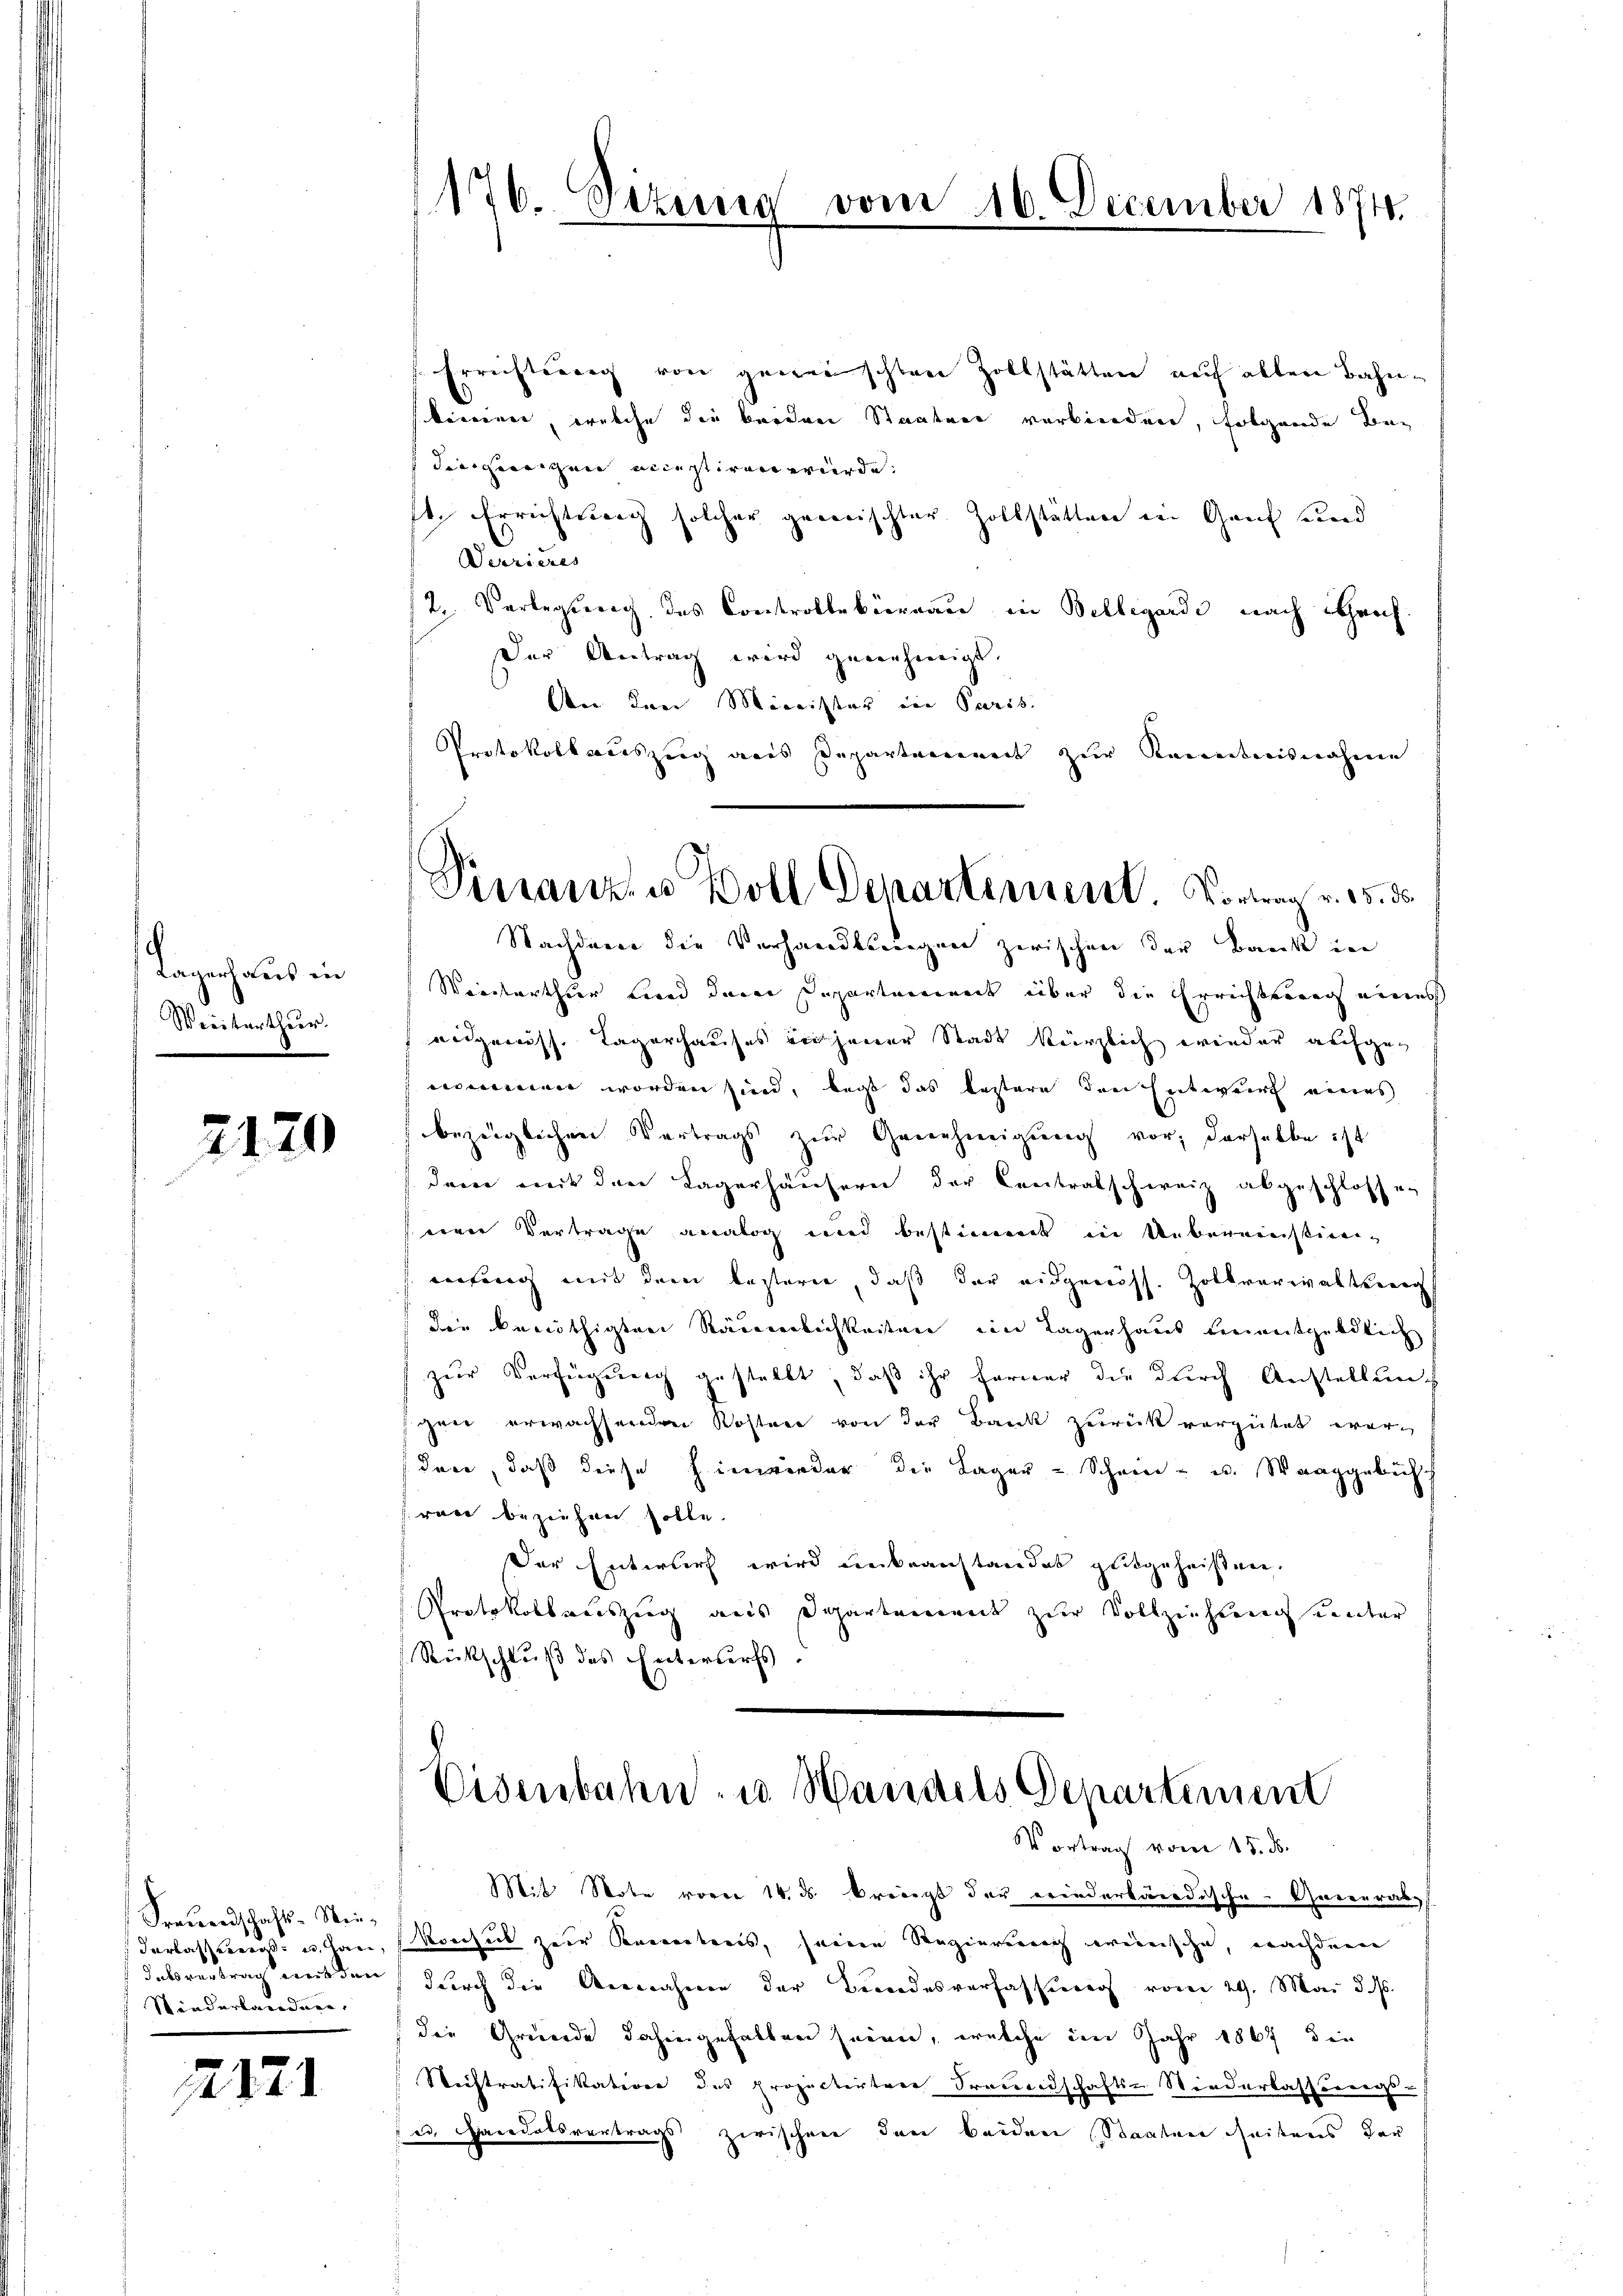
Lagen aus in
Weiterthur.

2170

Freundschafts-Wiederlasseneral- u. Han
dabvertrag aus den
Niederlanden.

2121

176. Sirung

vom 16. December 1874.

Vinanza Boll Departement Vortrag v. 15. ds.

Errichtung von geneischten Zollstätten auf allen Bahnkereiner, welche die beiden Staaten verbinden, folgende Bedingungen acceptiren würde.
ft. Errichtstag solcher gewischter Zollstätten in Gant und
Diarius
/2. Verlegung des Controllekirnau in Bellegarde nach noch
Der Antrag wird genehmigt.
An den Minister ein Paris.
Protokoll auszug aus Departement zur Kenntnisnahme
Nachdem die Verhandlungen zwischen der Bank in
Winterthur und deren Departareinert über die Errichterung eines
eidgenöss. Lagerhauses in jener Stadt kürzlich wieder aufgecommen worden sind, beit das bestere den Entwurf eines
bezüglichen Vertrags zur Genehmigung vor, derselbe ist
dem mit den Lagerhäusern der Contralschweiz abgeschlossen
serer Vertrage analog und bestimmt in Uebereinsticeiwerfung mit dem bestern, daß der eidgenöss. Zollverwaltseig
die benöthigten Räuerlichkeiten ein Lagerhaus einentgeldlich
zur Verfügung gestellt, daß ihr ferner die durch Anstellung
gen erwachsenden Kosten von der Bank zurück vergütet werduce, daß diese Einwieder die Lager - Schein- u. Waaggebüh
ran beziehen solle.
Der Entwurf wird unbeanstandes gutgeheißen.
Protokollauszug aus Departement zur Vollziehung unter
Rückschluß des Entersurfs.

Eisenbahn- u. Handels Departement

Vortrag vom 15. ds.
Mit Note vorer 14. ds. bringt der Friederbardische General
Korhut zur Kamerateris, seinen Regierung weinsche, nachdem
durch die Annahmen der Bundesverfassung vom 29. Mai d. M.
die Gründe dahingefallen seien, welche im Jahr 1867 die
Siistratifikation des Projectirten Freundschafts- Wiederlassungs-
e. Pacidatsvertrags zwischen den beiden Staaten seitens der